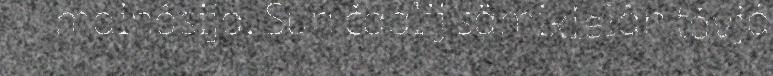
mainâsijd. Sun čaalij sämikielân távjá